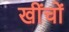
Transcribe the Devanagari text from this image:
खींचों